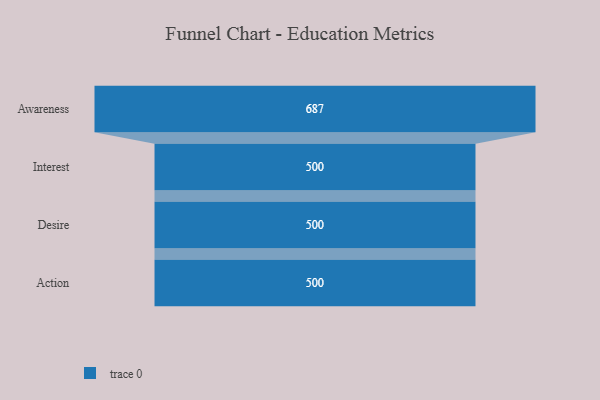
{"axis": {"x": "Stage", "y": "Value"}, "legend": [""], "data": [{"x": "Awareness", "y": 687.0, "type": ""}, {"x": "Interest", "y": 500, "type": ""}, {"x": "Desire", "y": 500, "type": ""}, {"x": "Action", "y": 500, "type": ""}]}